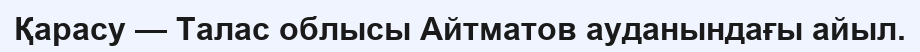
Қарасу — Талас облысы Айтматов ауданындағы айыл.